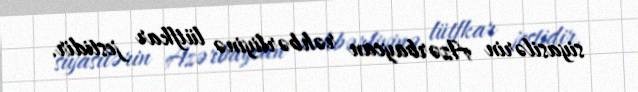
siyasilərin Azərbaycan rəhbərliyinə lütfkar jestidir.